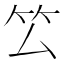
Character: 𥫛